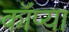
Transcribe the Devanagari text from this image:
कॉप्या